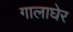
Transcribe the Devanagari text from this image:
गालाघेर